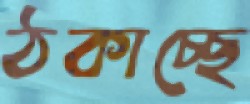
ঠকাচ্ছে